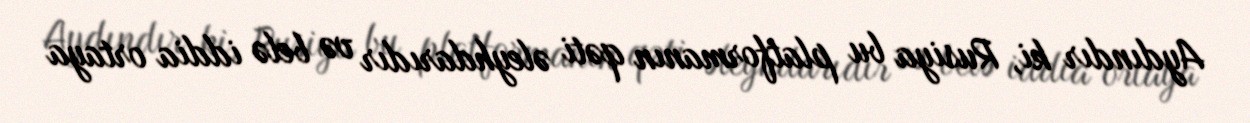
Aydındır ki, Rusiya bu platformanın qəti əleyhdarıdır və belə iddia ortaya